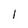
Character: 1